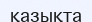
қазықта